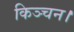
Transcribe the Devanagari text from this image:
किञ्चन।